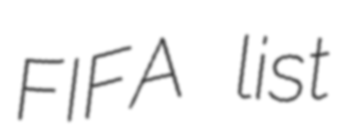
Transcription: FIFA list